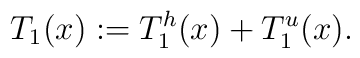
T_1(x) := T_1^h(x)+T_1^u(x).